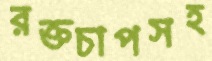
রক্তচাপসহ